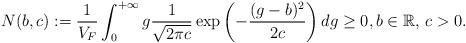
LaTeX: \begin{align*} N(b,c):=\frac{1}{V_F}\int_{0}^{+\infty}g\frac{1}{\sqrt{2\pi c}}\exp\left(-\frac{(g-b)^2}{2c}\right)dg\geq 0,b\in\mathbb{R},\,c>0. \end{align*}